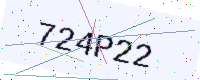
Text: 724P22